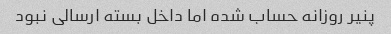
پنیر روزانه حساب شده اما داخل بسته ارسالی نبود